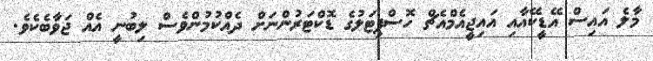
މާލެ އައިސް އޭޑީކޭއާއި އައިޖީއެމްއެޗް ހޮސްޕިޓަލުގެ ޑޮކްޓަރުންނަށް ދެއްކުމުންވެސް ލިބުނީ އެއް ޖަވާބެކެވެ.